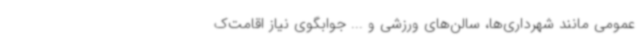
عمومی مانند شهرداری‌ها، سالن‌های ورزشی و ... جوابگوی نیاز اقامت‌ک